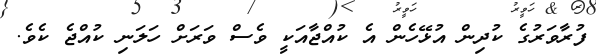
ފުރާވަރުގެ ކުދިން އުޅޭހެން އެ ކުއްޖާއަކީ ވެސް ވަރަށް ހަލަނި ކުއްޖެ ކެވެ.